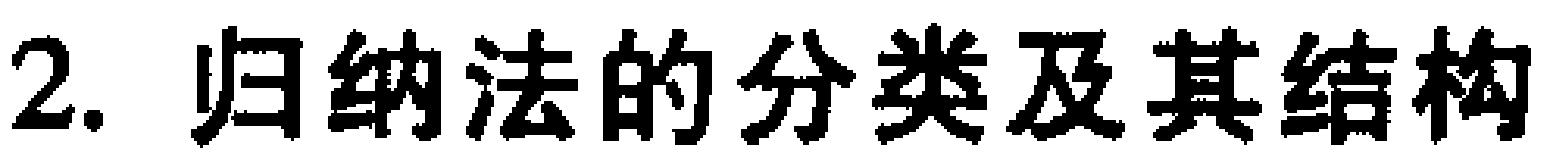
2. 归纳法的分类及其结构